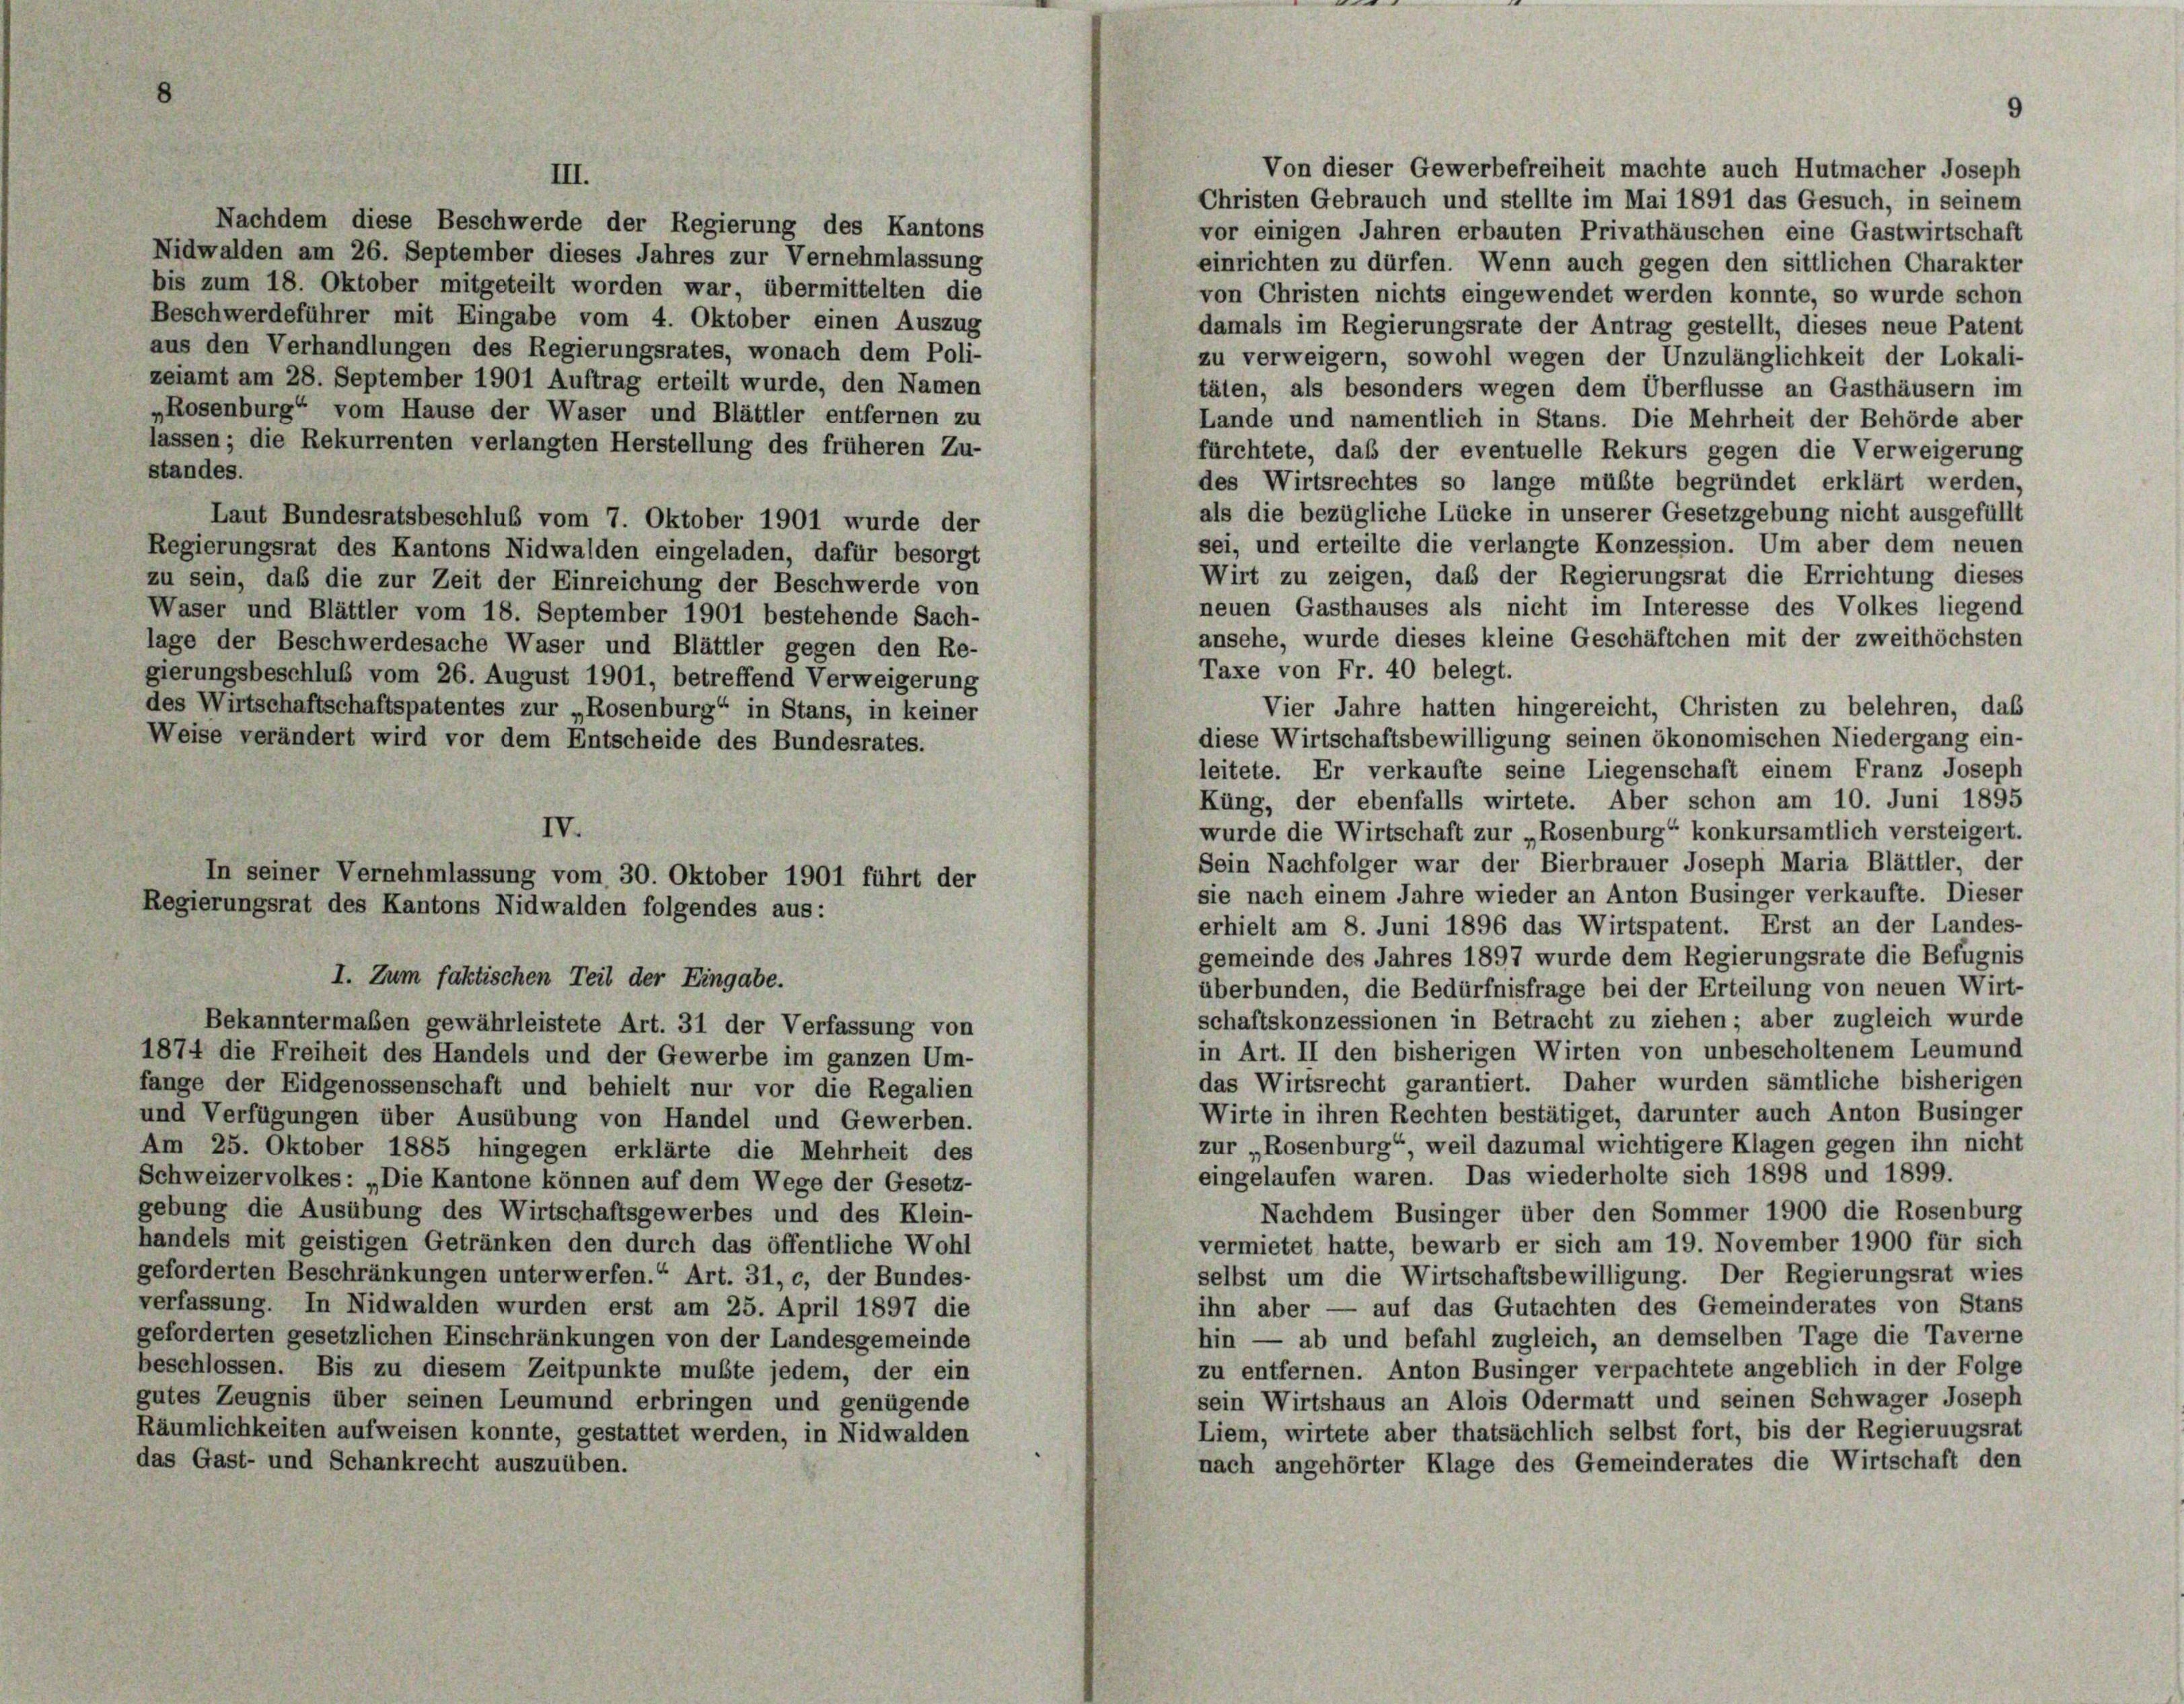
Von dieser Gewerbefreiheit machte auch Hutmacher Joseph
III.
Christen Gebrauch und stellte im Mai 1891 das Gesuch, in seinem
Nachdem diese Beschwerde der Regierung des Kantons
vor einigen Jahren erbauten Privathäuschen eine Gastwirtschaft
Nidwalden am 26. September dieses Jahres zur Vernehmlassung
einrichten zu dürfen. Wenn auch gegen den sittlichen Charakter
bis zum 18. Oktober mitgeteilt worden war, übermittelten die
von Christen nichts eingewendet werden konnte, so wurde schon
Beschwerdeführer mit Eingabe vom 4. Oktober einen Auszug
damals im Regierungsrate der Antrag gestellt, dieses neue Patent
aus den Verhandlungen des Regierungsrates, wonach dem Poli-
zu verweigern, sowohl wegen der Unzulänglichkeit der Lokali-
zeiamt am 28. September 1901 Auftrag erteilt wurde, den Namen
täten, als besonders wegen dem Überflüsse an Gasthäusern im
„Rosenburg“ vom Hause der Waser und Blättler entfernen zu
Lande und namentlich in Stans. Die Mehrheit der Behörde aber
lassen; die Rekurrenten verlangten Herstellung des früheren Zu-
fürchtete, daß der eventuelle Rekurs gegen die Verweigerung
standes.
des Wirtsrechtes so lange müßte begründet erklärt werden,
als die bezügliche Lücke in unserer Gesetzgebung nicht ausgefüllt
Laut Bundesratsbeschluß vom 7. Oktober 1901 wurde der
sei, und erteilte die verlangte Konzession. Um aber dem neuen
Regierungsrat des Kantons Nidwalden eingeladen, dafür besorgt
Wirt zu zeigen, daß der Regierungsrat die Errichtung dieses
zu sein, daß die zur Zeit der Einreichung der Beschwerde von
neuen Gasthauses als nicht im Interesse des Volkes liegend
Waser und Blättler vom 18. September 1901 bestehende Sach-
ansehe, wurde dieses kleine Geschäftchen mit der zweithöchsten
lage der Beschwerdesache Waser und Blättler gegen den Re-
Taxe von Fr. 40 belegt.
gierungsbeschluß vom 26. August 1901, betreffend Verweigerung
Vier Jahre hatten hingereicht, Christen zu belehren, das
des Wirtschaftschaftspatentes zur „Rosenburg“ in Stans, in keiner
diese Wirtschaftsbewilligung seinen ökonomischen Niedergang ein-
Weise verändert wird vor dem Entscheide des Bundesrates.
leitete. Er verkaufte seine Liegenschaft einem Franz Joseph
Küng, der ebenfalls wirtete. Aber schon am 10. Juni 1895
IV.
wurde die Wirtschaft zur „Rosenburg“ konkursamtlich versteigert.
Sein Nachfolger war der Bierbrauer Joseph Maria Blättler, der
In seiner Vernehmlassung vom 30. Oktober 1901 führt der
sie nach einem Jahre wieder an Anton Businger verkaufte. Dieser
Regierungsrat des Kantons Nidwalden folgendes aus:
erhielt am 8. Juni 1896 das Wirtspatent. Erst an der Landes-
gemeinde des Jahres 1897 wurde dem Regierungsrate die Befugnis
I. Zum faktischen Teil der Eingabe.
überbunden, die Bedürfnisfrage bei der Erteilung von neuen Wirt-
schaftskonzessionen in Betracht zu ziehen; aber zugleich wurde
Bekanntermaßen gewährleistete Art. 31 der Verfassung von
in Art. II den bisherigen Wirten von unbescholtenem Leumund
1874 die Freiheit des Handels und der Gewerbe im ganzen Um-
das Wirtsrecht garantiert. Daher wurden sämtliche bisherigen
fange der Eidgenossenschaft und behielt nur vor die Regalien
Wirte in ihren Rechten bestätiget, darunter auch Anton Businger
und Verfügungen über Ausübung von Handel und Gewerben.
zur „Rosenburg“, weil dazumal wichtigere Klagen gegen ihn nicht
Am 25. Oktober 1885 hingegen erklärte die Mehrheit des
eingelaufen waren. Das wiederholte sich 1898 und 1899.
Schweizervolkes: „Die Kantone können auf dem Wege der Gesetz-
gebung die Ausübung des Wirtschaftsgewerbes und des Klein-
Nachdem Businger über den Sommer 1900 die Rosenburg
handels mit geistigen Getränken den durch das öffentliche Wohl
vermietet hatte, bewarb er sich am 19. November 1900 für sich
geforderten Beschränkungen unterwerfen. Art. 31, c, der Bundes-
selbst um die Wirtschaftsbewilligung. Der Regierungsrat wies
verfassung. In Nidwalden wurden erst am 25. April 1897 die
ihn aber — auf das Gutachten des Gemeinderates von Stans
geforderten gesetzlichen Einschränkungen von der Landesgemeinde
hin — ab und befahl zugleich, an demselben Tage die Taverne
beschlossen. Bis zu diesem Zeitpunkte mußte jedem, der ein
zu entfernen. Anton Businger verpachtete angeblich in der Folge
gutes Zeugnis über seinen Leumund erbringen und genügende
sein Wirtshaus an Alois Odermatt und seinen Schwager Joseph
Räumlichkeiten aufweisen konnte, gestattet werden, in Nidwalden
Liem, wirtete aber thatsächlich selbst fort, bis der Regierungsrat
das Gast- und Schankrecht auszuüben.
nach angehörter Klage des Gemeinderates die Wirtschaft den